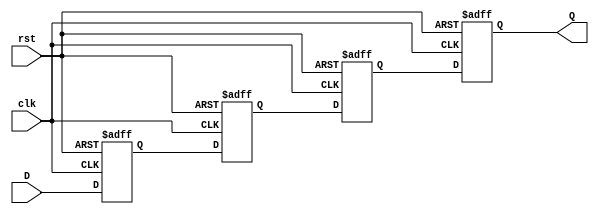
module multistage_register #(
    parameter N = 4  // Number of stages (flip-flops)
)(
    input wire clk,      // Clock signal
    input wire rst,      // Asynchronous reset signal
    input wire [7:0] D,  // Data input for the first stage
    output wire [7:0] Q   // Output of the last stage
);

    // Internal registers for each stage
    reg [7:0] stage [0:N-1];

    // Sequential logic for each stage
    genvar i;
    generate
        for (i = 0; i < N; i = i + 1) begin : stage_ff
            always @(posedge clk or posedge rst) begin
                if (rst) begin
                    stage[i] <= 8'b0; // Reset all stages to 0
                end else begin
                    if (i == 0) begin
                        stage[i] <= D; // First stage captures input D
                    end else begin
                        stage[i] <= stage[i-1]; // Subsequent stages capture previous stage output
                    end
                end
            end
        end
    endgenerate

    // Output of the last stage
    assign Q = stage[N-1];

endmodule